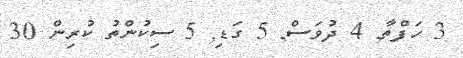
3 ހަފްތާ